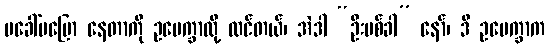
မခေါ်မပြော နေတာကို ဥပေက္ခာလို့ ထင်တယ်၊ အဲဒါ “ဦးပစ်ခါ” နော်၊ ဒီ ဥပေက္ခာက